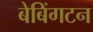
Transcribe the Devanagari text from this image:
बेबिंगटन